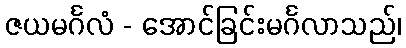
ဇယမင်္ဂလံ - အောင်ခြင်းမင်္ဂလာသည်၊